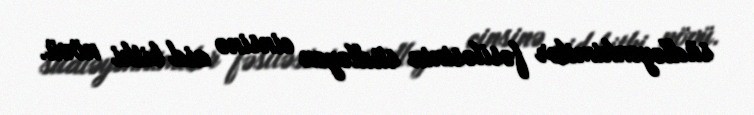
südləyənkimilər fəsiləsinin südləyən cinsinə aid bitki növü.